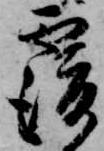
覆